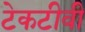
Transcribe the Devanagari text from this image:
टेकटीवी